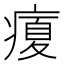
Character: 𤹉